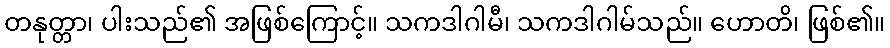
တနုတ္တာ၊ ပါးသည်၏ အဖြစ်ကြောင့်။ သကဒါဂါမီ၊ သကဒါဂါမ်သည်။ ဟောတိ၊ ဖြစ်၏။